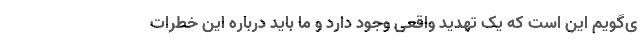
ی‌گویم این است که یک تهدید واقعی وجود دارد و ما باید درباره این خطرات